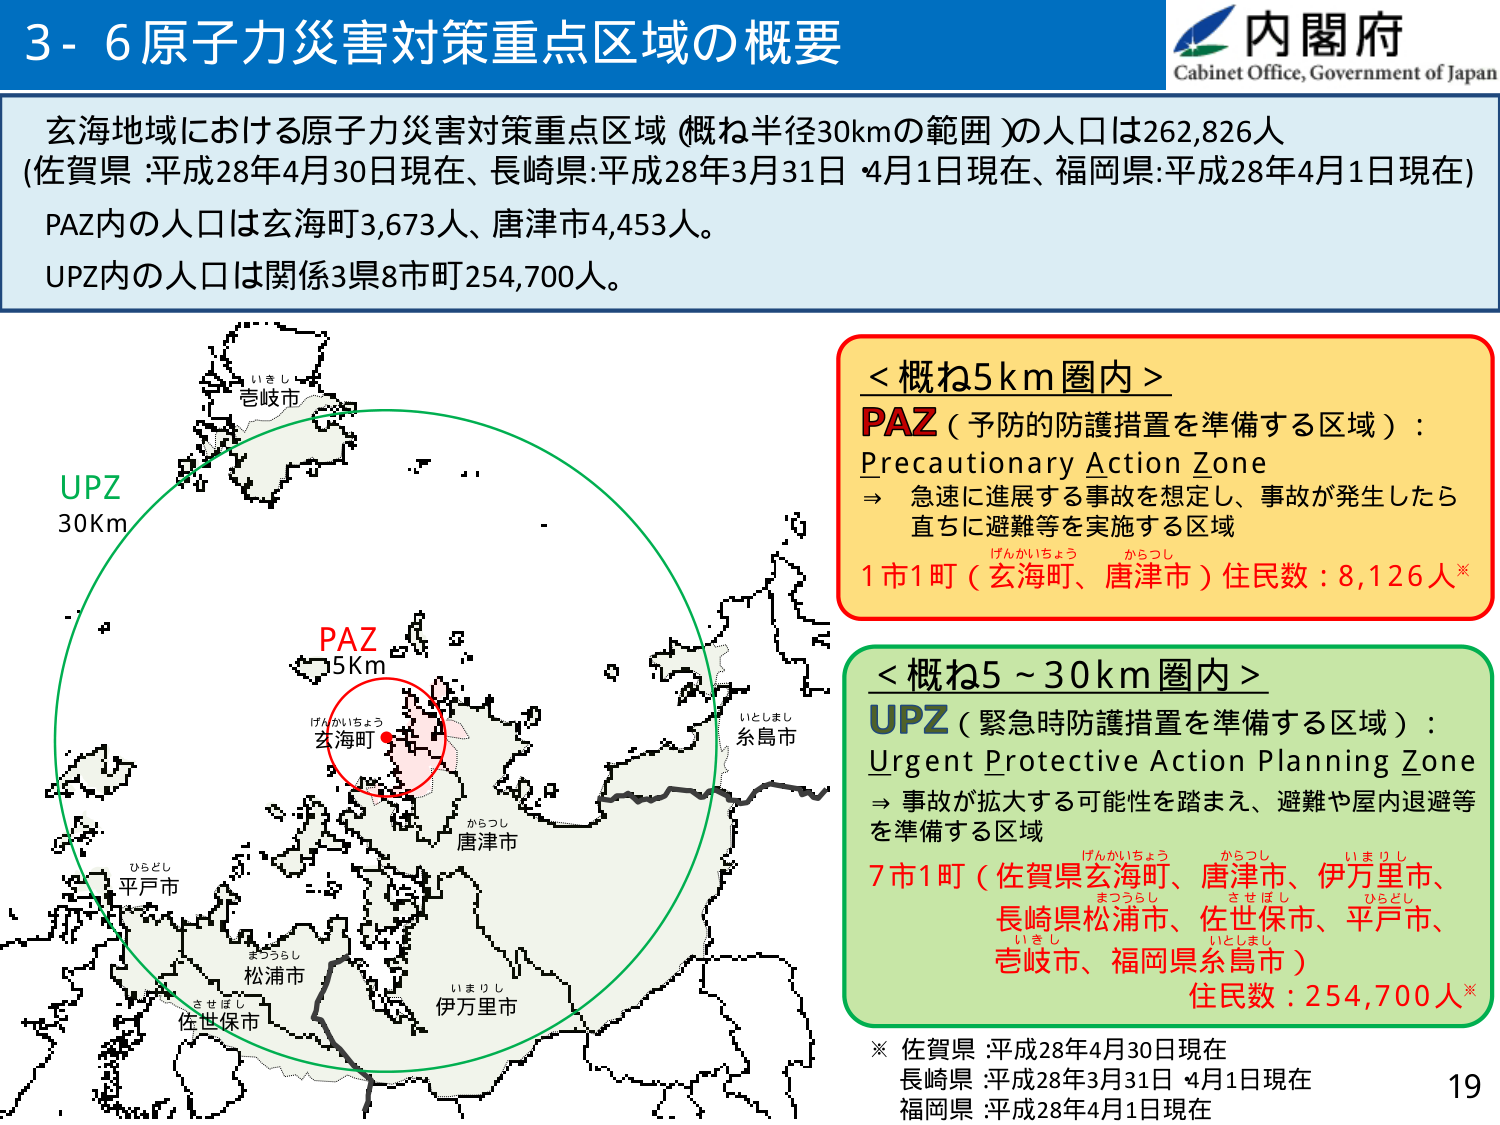
3-6 原子力災害対策重点区域の概要

内閣府
Cabinet Office, Government of Japan

玄海地域における原子力災害対策重点区域（概ね半径30kmの範囲）の人口は262,826人
（佐賀県：平成28年4月30日現在、長崎県：平成28年3月31日 4月1日現在、福岡県：平成28年4月1日現在）
PAZ内の人ロは玄海町3,673人、唐津市4,453人。
UPZ内の人ロは関係3県8市町254,700人。

＜概ね5km圏内＞
PAZ（予防的防護措置を準備する区域）：
Precautionary Action Zone
→ 急速に進展する事故を想定し、事故が発生したら
直ちに避難等を実施する区域
1市1町（玄海町、唐津市）住民数：8,126人※

＜概ね5～30km圏内＞
UPZ（緊急時防護措置を準備する区域）：
Urgent Protective Action Planning Zone
→ 事故が拡大する可能性を踏まえ、避難や屋内退避等
を準備する区域
7市1町（佐賀県玄海町、唐津市、伊万里市、
長崎県松浦市、佐世保市、平戸市、
壱岐市、福岡県糸島市）
住民数：254,700人※

※ 佐賀県：平成28年4月30日現在
長崎県：平成28年3月31日 4月1日現在
福岡県：平成28年4月1日現在

UPZ
30Km

PAZ
5Km

げんかいちょう
玄海町

からつし
唐津市

いしまし
糸島市

ひらどし
平戸市

まつうらし
松浦市

いまりし
伊万里市

させぼし
佐世保市

いきし
壱岐市

19